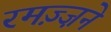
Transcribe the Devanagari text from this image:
रमज़्ज़ने